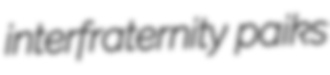
interfraternity paiks